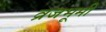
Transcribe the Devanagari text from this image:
व्रजभूमी